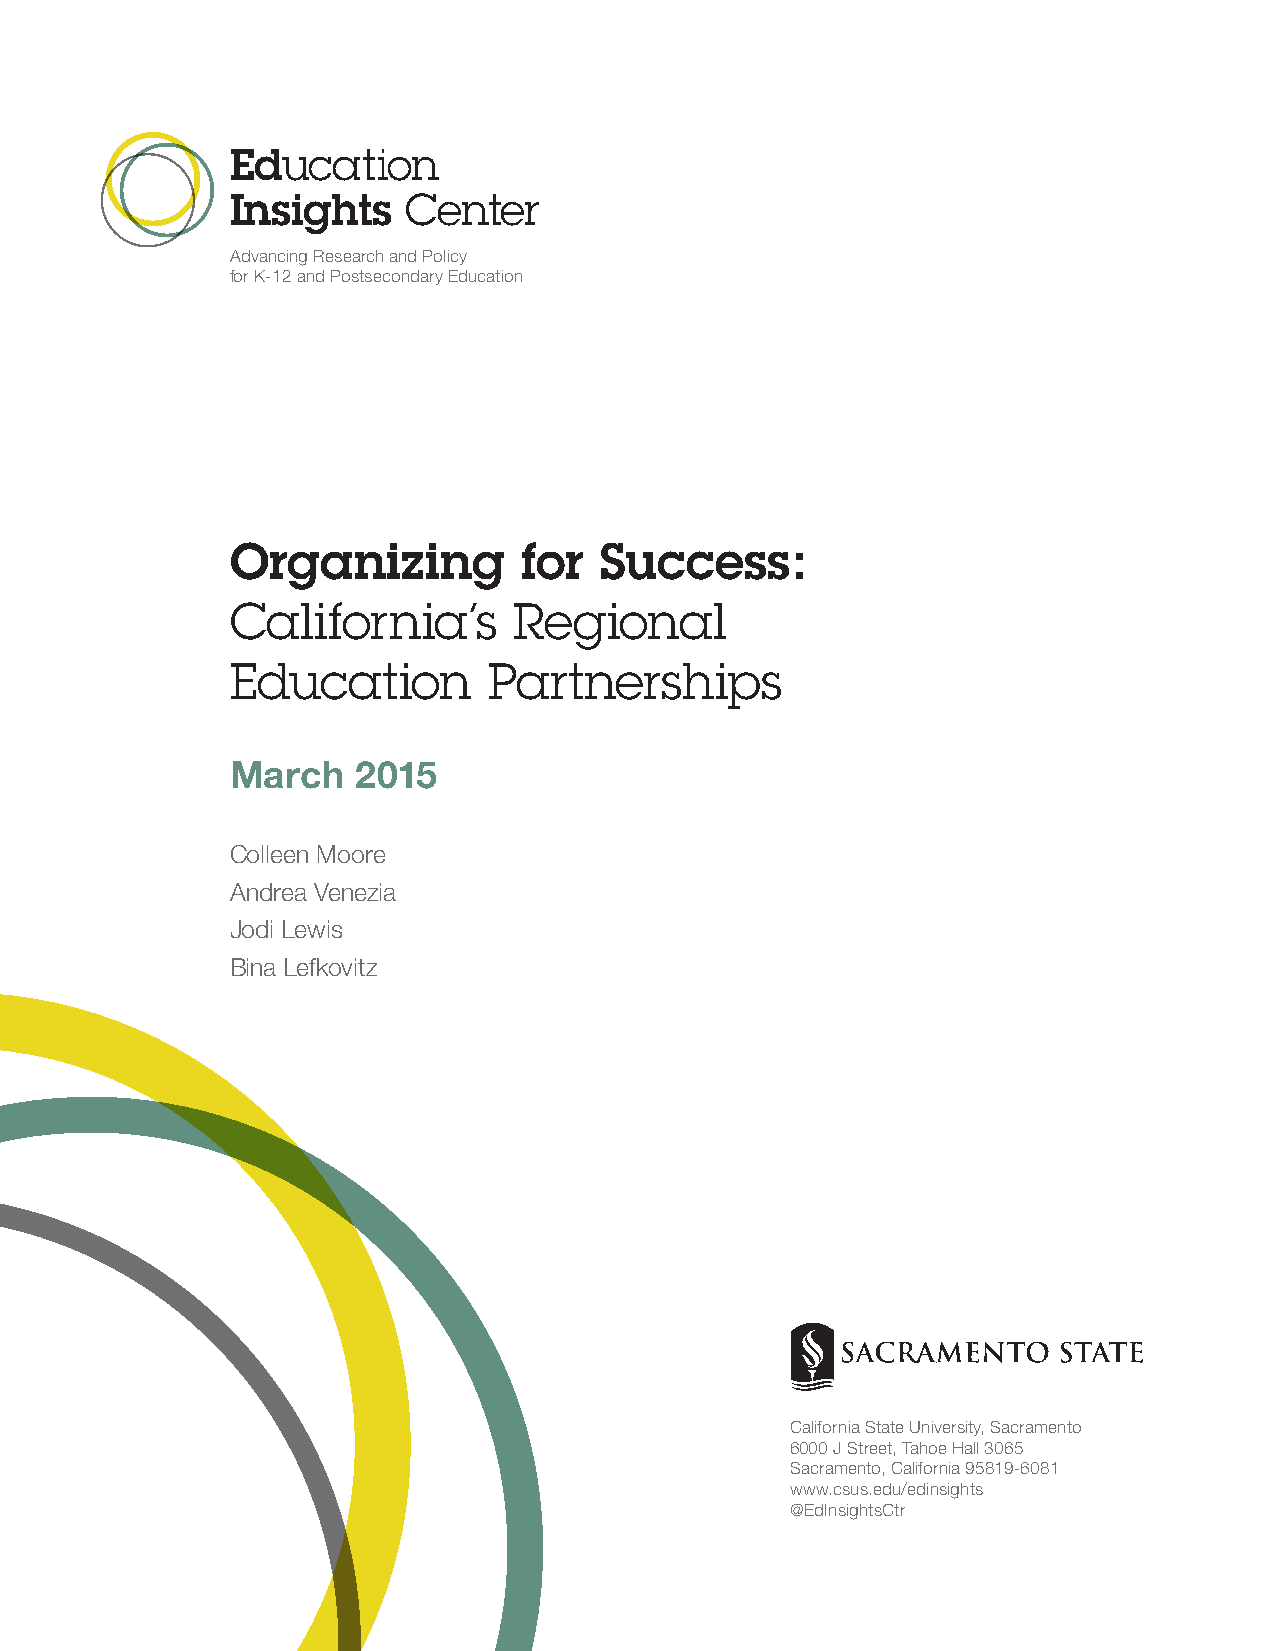
Education
 Insights    Center
 Advancing Research and Policy
 for K-12 and Postsecondary Education
 Organizing         for   Success:
 California’s       Regional
 Education        Partnerships
 March    2015
 Colleen Moore
 Andrea Venezia
 Jodi Lewis
 Bina Lefkovitz
 California State University, Sacramento
 6000 J Street, Tahoe Hall 3065
 Sacramento, California 95819-6081
 www.csus.edu/edinsights
 @EdInsightsCtr